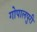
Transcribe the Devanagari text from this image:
गोपालपुरी